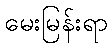
မေးမြန်းရာ